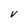
Character: V